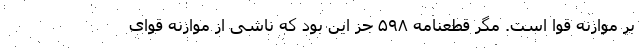
بر موازنه قوا است. مگر قطعنامه ۵۹۸ جز این بود که ناشی از موازنه قوای